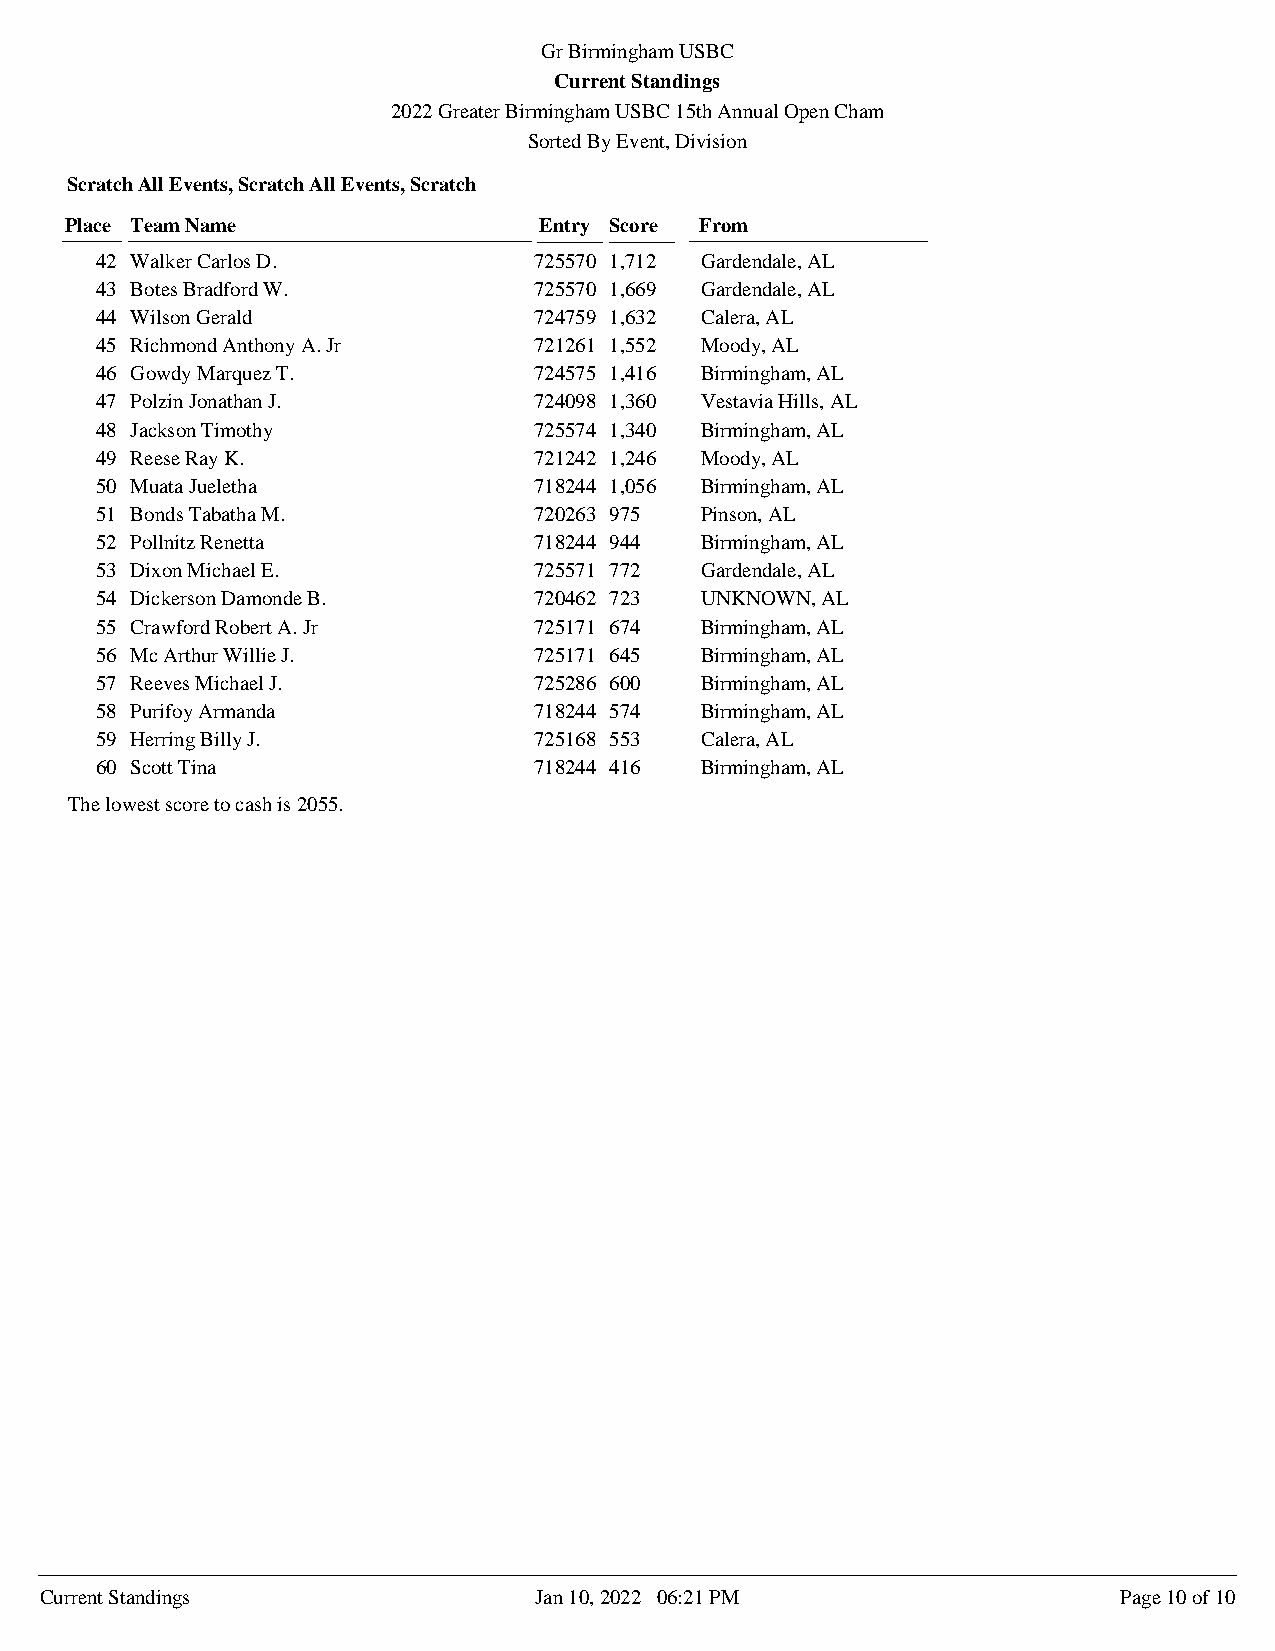
Gr Birmingham USBC
 Current Standings
 2022 Greater Birmingham USBC 15th Annual Open Cham
 Sorted By Event, Division
 Scratch All Events, Scratch All Events, Scratch
 Place Team Name                 Entry Score From
 42 Walker Carlos D.          725570 1,712 Gardendale, AL
 43 Botes Bradford W.         725570 1,669 Gardendale, AL
 44 Wilson Gerald             724759 1,632 Calera, AL
 45 Richmond Anthony A. Jr    721261 1,552 Moody, AL
 46 Gowdy Marquez T.          724575 1,416 Birmingham, AL
 47 Polzin Jonathan J.        724098 1,360 Vestavia Hills, AL
 48 Jackson Timothy           725574 1,340 Birmingham, AL
 49 Reese Ray K.              721242 1,246 Moody, AL
 50 Muata Jueletha            718244 1,056 Birmingham, AL
 51 Bonds Tabatha M.          720263 975 Pinson, AL
 52 Pollnitz Renetta          718244 944 Birmingham, AL
 53 Dixon Michael E.          725571 772 Gardendale, AL
 54 Dickerson Damonde B.      720462 723 UNKNOWN, AL
 55 Crawford Robert A. Jr     725171 674 Birmingham, AL
 56 Mc Arthur Willie J.       725171 645 Birmingham, AL
 57 Reeves Michael J.         725286 600 Birmingham, AL
 58 Purifoy Armanda           718244 574 Birmingham, AL
 59 Herring Billy J.          725168 553 Calera, AL
 60 Scott Tina                718244 416 Birmingham, AL
 The lowest score to cash is 2055.
 Current Standings               Jan 10, 2022 06:21 PM                  Page 10 of 10